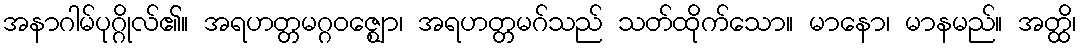
အနာဂါမ်ပုဂ္ဂိုလ်၏။ အရဟတ္တမဂ္ဂဝဇ္ဈော၊ အရဟတ္တမဂ်သည် သတ်ထိုက်သော။ မာနော၊ မာနမည်။ အတ္ထိ၊